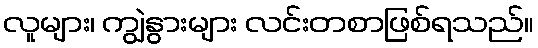
လူများ၊ ကျွဲနွားများ လင်းတစာဖြစ်ရသည်။